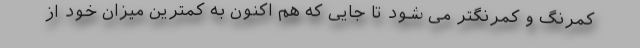
کمرنگ و کمرنگتر می شود تا جایی که هم اکنون به کمترین میزان خود از